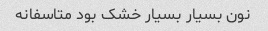
نون بسیار بسیار خشک بود متاسفانه